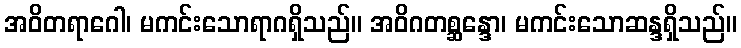
အဝိတရာဂေါ၊ မကင်းသောရာဂရှိသည်။ အဝိဂတစ္ဆန္ဒော၊ မကင်းသောဆန္ဒရှိသည်။